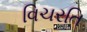
વિચરતિ